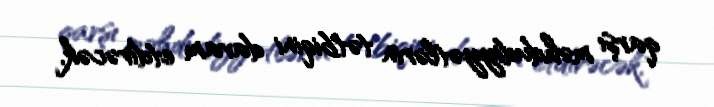
qarşı məhdudiyyətlərin tətbiqini davam etdirəcək.